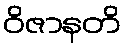
ဝိဇာနတိ